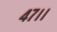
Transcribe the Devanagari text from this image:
४७।।